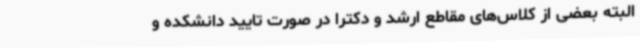
البته بعضی از کلاس‌های مقاطع ارشد و دکترا در صورت تایید دانشکده و